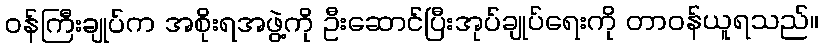
ဝန်ကြီးချုပ်က အစိုးရအဖွဲ့ကို ဦးဆောင်ပြီးအုပ်ချုပ်ရေးကို တာဝန်ယူရသည်။